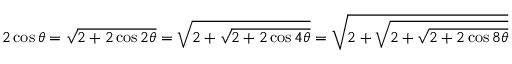
2 \cos \theta = { \sqrt { 2 + 2 \cos 2 \theta } } = { \sqrt { 2 + { \sqrt { 2 + 2 \cos 4 \theta } } } } = { \sqrt { 2 + { \sqrt { 2 + { \sqrt { 2 + 2 \cos 8 \theta } } } } } }